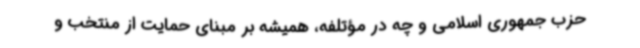
حزب جمهوری اسلامی و چه در مؤتلفه، همیشه بر مبنای حمایت از منتخب و